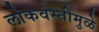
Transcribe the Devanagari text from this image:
लोकवस्तीमुळे